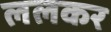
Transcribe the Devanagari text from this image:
ललकर